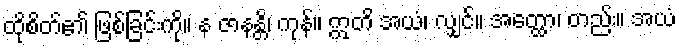
ထိုစိတ်၏ ဖြစ်ခြင်းကို။ န ဇာနန္တိ၊ ကုန်။ ဣတိ အယံ၊ လျှင်။ အတ္ထော၊ တည်း။ အယံ